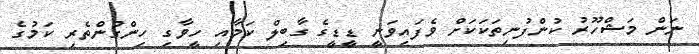
ނަން މަޝްހޫރު ކުންފުނިތަކަކަށް ވެފައިވަނީ ޑީޑީގެ ގާބިލް ކަމާއި ހީވާގި ހިންގުންތެރި ކަމުގެ